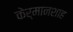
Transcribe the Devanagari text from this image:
केर्मानशाह